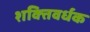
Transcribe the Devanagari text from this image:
शक्‍तिवर्धक